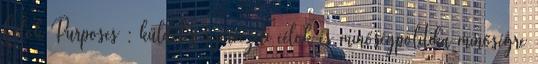
Célok Purposes : küldetés szervezeti célok és minőségpolitika minőségre